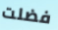
فضلت